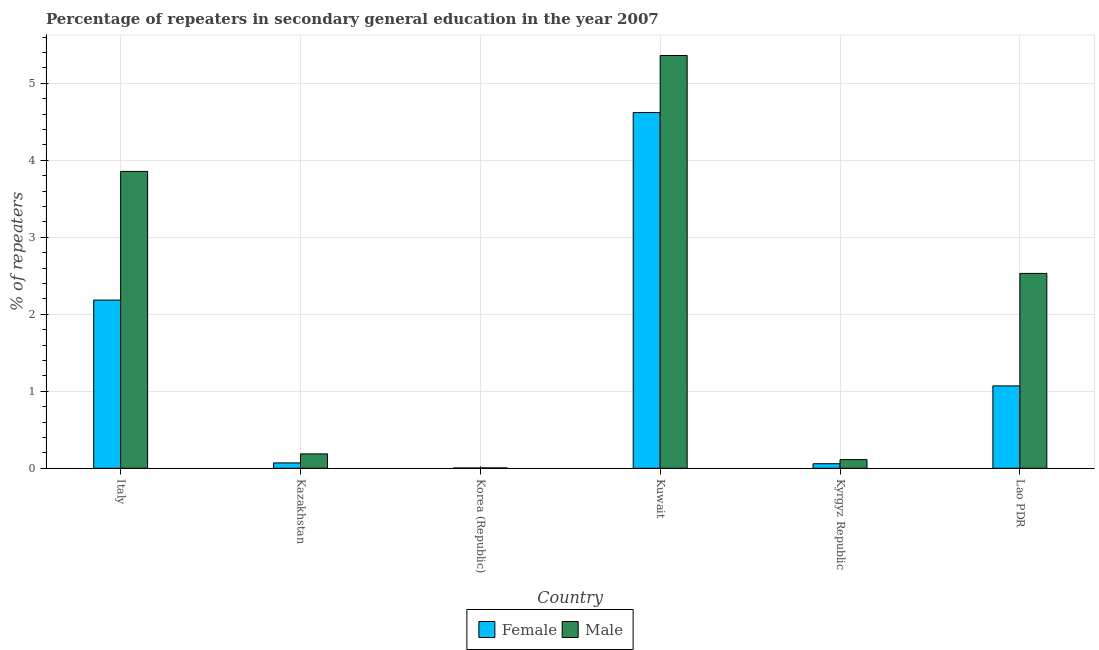
| Country | Female | Male |
 | --- | --- | --- |
 | Italy | 2.18 | 3.86 |
 | Kazakhstan | 0.0695 | 0.187 |
 | Korea (Republic) | 0.00373 | 0.00479 |
 | Kuwait | 4.62 | 5.36 |
 | Kyrgyz Republic | 0.0591 | 0.113 |
 | Lao PDR | 1.07 | 2.53 |